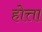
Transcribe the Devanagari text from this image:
होत्ता